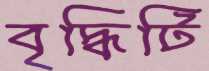
বৃদ্ধিটি